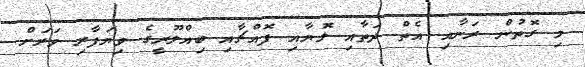
މި ގޮތުން ރަނާއި އެތް ދަތާއި ލޮޔާއި ފޮއްޗާއި ބިއްލޫރީގެ ވިޔަފާރި ވަރަށް